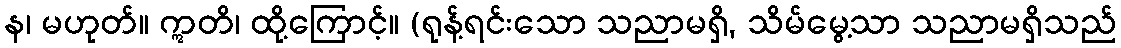
န၊ မဟုတ်။ ဣတိ၊ ထို့ကြောင့်။ (ရုန့်ရင်းသော သညာမရှိ, သိမ်မွေ့သာ သညာမရှိသည်